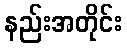
နည်းအတိုင်း